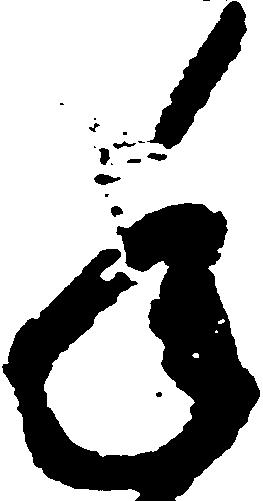
年